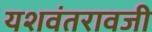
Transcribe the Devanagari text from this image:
यशवंतरावजी